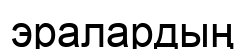
эралардың